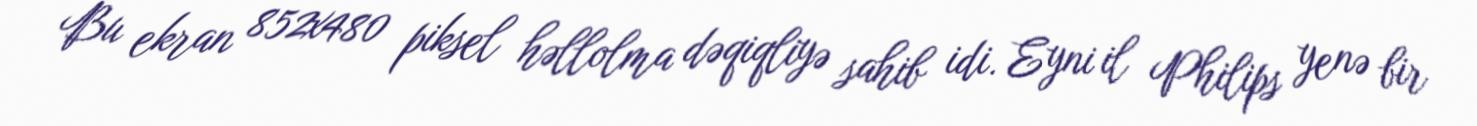
Bu ekran 852x480 piksel həllolma dəqiqliyə sahib idi. Eyni il Philips yenə bir